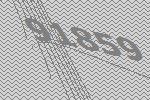
91859